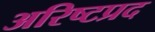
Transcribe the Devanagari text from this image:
अरिष्टप्रद